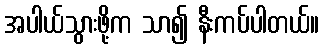
အပါယ်သွားဖို့က သာ၍ နီးကပ်ပါတယ်။